Bombay plague: being a history of the progress of plague in the Bombay presidency from September 1896 to June 1899
Year: 1896
Disease focus: Plague
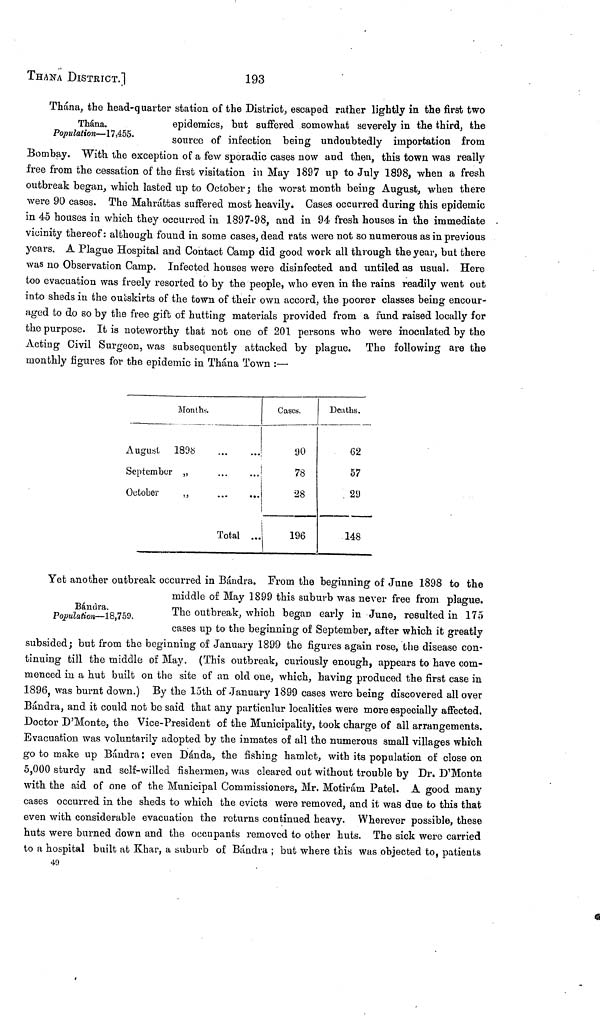
ΤΗΑΝΛ DISTRICT.]
193
Thána.
Population— 17,455.
Thána. the head-quarter station of the District, escaped rather lightly in the first two
epidemics, but suffered somewhat severely in the third, the
source of infection being undoubtedly importation from
Bombay. With the exception of a few sporadic cases now and then, this town was really
free from the cessation of the first visitation in May 1897 up to July 1898, when a fresh
outbreak began, which lasted up to October ; the worst month being August, when there
were 90 cases. The Mahráttas suffered most heavily. Cases occurred during this epidemic
in 45 houses in which they occurred in 1897-98, and in 94 fresh houses in the immediate
vicinity thereof: although found in some cases, dead rats were not so numerous as in previous
years. A Plague Hospital and Contact Camp did good work all through the year, but there
was no Observation Camp. Infected houses were disinfected and untiled as usual. Here
too evacuation was freely resorted to by the people, who even in the rains readily went out
into sheds in the outskirts of the town of their own accord, the poorer classes being encour-
aged to do so by the free gift of hutting materials provided from a fund raised locally for
the purpose. It is noteworthy that not one of 201 persons who were inoculated by the
Acting Civil Surgeon, was subsequently attacked by plague. The following are the
monthly figures for the epidemic in Thána Town :—
Months.
August
1898
September „
October
,,
...
...
...
...
...
...
Total ...
Cases.
90
78
28
196
Deaths.
62
57
29
148
Bándra.
Population—18,759.
Yet another outbreak occurred in Bándra. From the beginning of June 1898 to the
middle of May 1899 this suburb was never free from plague.
The outbreak, which began early in June, resulted in 175
cases up to the beginning of September, after which it greatly
subsided ; but from the beginning of January 1899 the figures again rose, the disease con-
tinuing till the middle of May. (This outbreak, curiously enough, appears to have com-
menced in a hut built on the site of an old one, which, having produced the first case in
1896, was burnt down.) By the 15th of January 1899 cases were being discovered all over
Bándra, and it could not be said that any particulur localities were more especially affected.
Doctor D'Monte, the Vice-Président of the Municipality, took charge of all arrangements.
Evacuation was voluntarily adopted by the inmates of all the numerous small villages which
go to make up Bándra : even Dánda, the fishing hamlet, with its population of close on
5,000 sturdy and self-willed fishermen, was cleared out without trouble by Dr. D'Monte
with the aid of one of the Municipal Commissioners, Mr. Motirám Patel. A good many
cases occurred in the sheds to which the evicts were removed, and it was due to this that
even with considerable evacuation the returns continued heavy. Wherever possible, these
huts were burned down and the occupants removed to other huts. The sick were carried
to a hospital built at Khar, a suburb of Bándra ; but where this was objected to, patients
49